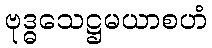
ဗုဒ္ဓသေဋ္ဌမယာစဟံ